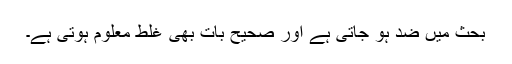
بحث میں ضد ہو جاتی ہے اور صحیح بات بھی غلط معلوم ہوتی ہے۔